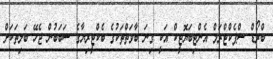
ބްރޯޑް ސްޕެކްޓްރަމް އެންޓިބަޔޮޓީކް އަކީ ގިނަ ބާވަތްތަކުގެ ބެކްޓީރިޔާގެ ސަބަބުން ޖެހޭ ބަލިތަކަށް